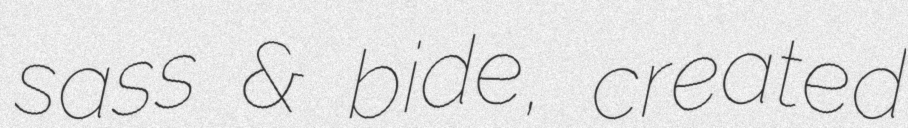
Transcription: sass & bide, created